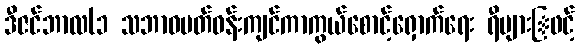
ဒီဇင်ဘာလ(၁ သဘာဝပတ်ဝန်းကျင်ကာကွယ်စောင့်ရှောက်ရေး ရီများြဖင့်